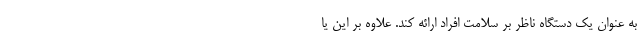
به عنوان یک دستگاه ناظر بر سلامت افراد ارائه کند. علاوه بر این یا